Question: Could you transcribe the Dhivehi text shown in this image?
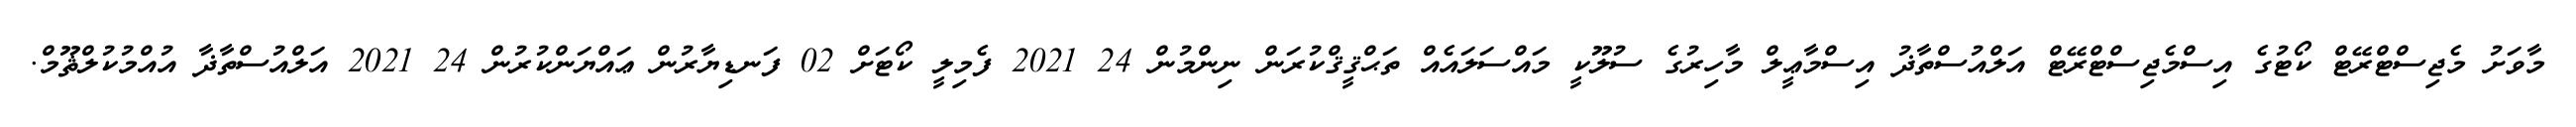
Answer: މާވަށު މެޖިސްޓްރޭޓް ކޯޓުގެ އިސްމެޖިސްޓްރޭޓް އަލްއުސްތާޛު އިސްމާޢީލް މާހިރުގެ ސުލޫކީ މައްސަލައެއް ތަޙްޤީޤްކުރަން ނިންމުން 24 2021 ފެމިލީ ކޯޓަށް 02 ފަނޑިޔާރުން ޢައްޔަންކުރުން 24 2021 އަލްއުސްތާޛާ އުއްމުކުލްޘޫމް.